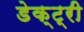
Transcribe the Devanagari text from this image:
डेक्ट्री